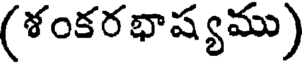
(శంకర భాష్యము)